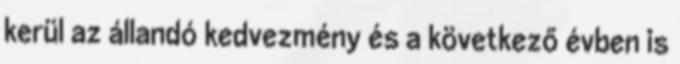
kerül az állandó kedvezmény és a következő évben is